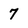
Character: 7